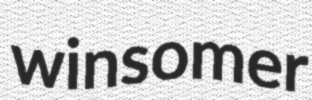
winsomer